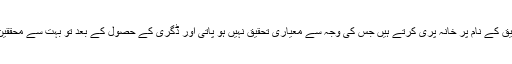
ان کے نزدیک ہمارے ہاں اکثر ریسرچ اسکالرز ڈگری کے حصول کے لئے تحقیق کے نام پر خانہ پری کرتے ہیں جس کی وجہ سے معیاری تحقیق نہیں ہو پاتی اور ڈگری کے حصول کے بعد تو بہت سے محققین اپنے آپ کوتحقیق سے دور ہی رکھتے ہیں جس سے مقدار بھی متاثر ہوتی ہے۔